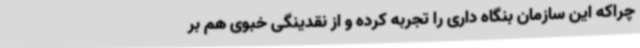
چراکه این سازمان بنگاه داری را تجربه کرده و از نقدینگی خبوی هم بر